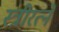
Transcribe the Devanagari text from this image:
स्त्रीरत्ने